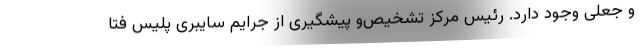
و جعلی وجود دارد. رئیس مرکز تشخیص‌و پیشگیری از جرایم سایبری پلیس فتا